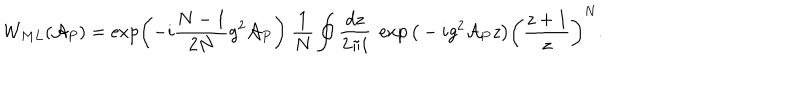
{ \cal W } _ { M L } ( { \cal A } _ { P } ) = \exp \left( - i \frac { N - 1 } { 2 N } g ^ { 2 } { \cal A } _ { P } \right) ~ \frac { 1 } { N } \oint \frac { d z } { 2 \pi i } ~ \exp \big ( - i g ^ { 2 } { \cal A } _ { P } z \big ) \bigg ( \frac { z + 1 } { z } \bigg ) ^ { N } .